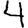
Digit: 4